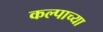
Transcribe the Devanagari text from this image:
कल्पाच्या